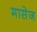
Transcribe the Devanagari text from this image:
मासेज